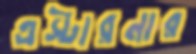
এস্টারনার